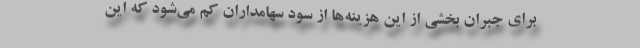
برای جبران بخشی از این هزینه‌ها از سود سهامداران کم می‌شود که این